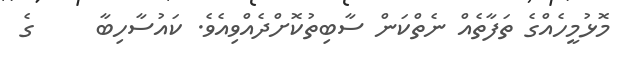
މޮޅުމީހެއްގެ ތަފާތެއް ނެތްކަން ސާބިތުކޮށްދެއްވިއެވެ. ކައުސާހިބާ     ގެ